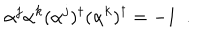
\alpha ^ { j } \alpha ^ { k } ( \alpha ^ { j } ) ^ { \dagger } ( \alpha ^ { k } ) ^ { \dagger } = - 1 ~ ~ .